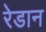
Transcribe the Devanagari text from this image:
रेडान